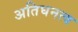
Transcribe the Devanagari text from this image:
अतिघनत्व